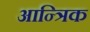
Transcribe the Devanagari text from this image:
आन्त्रिक